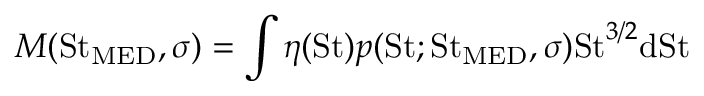
M ( \mathrm { S t } _ { \mathrm { M E D } } , \sigma ) = \int \eta ( \mathrm { S t } ) p ( \mathrm { S t } ; \mathrm { S t } _ { \mathrm { M E D } } , \sigma ) \mathrm { S t } ^ { 3 / 2 } \mathrm { d S t }